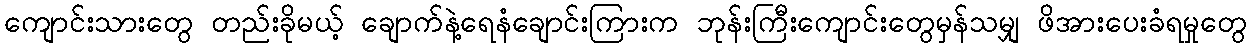
ကျောင်းသားတွေ တည်းခိုမယ့် ချောက်နဲ့ရေနံချောင်းကြားက ဘုန်းကြီးကျောင်းတွေမှန်သမျှ ဖိအားပေးခံရမှုတွေ